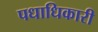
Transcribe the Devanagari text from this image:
पधाधिकारी